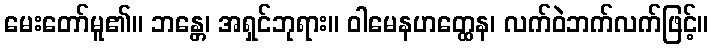
မေးတော်မူ၏။ ဘန္တေ၊ အရှင်ဘုရား။ ဝါမေနဟတ္ထေန၊ လက်ဝဲဘက်လက်ဖြင့်။